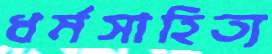
ধর্মসাহিত্য